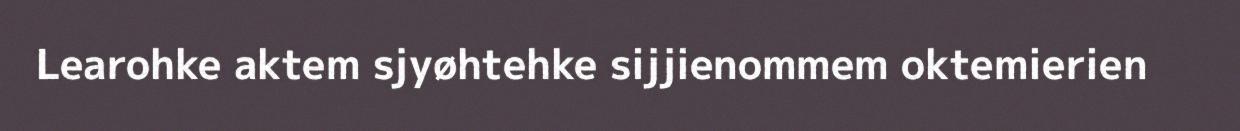
Learohke aktem sjyøhtehke sijjienommem oktemierien